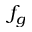
f _ { g }